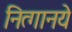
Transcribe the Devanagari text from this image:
नित्‍गानये